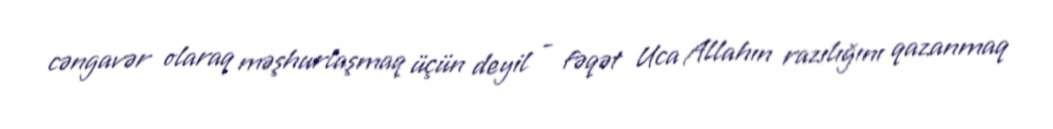
cəngavər olaraq məşhurlaşmaq üçün deyil - fəqət Uca Allahın razılığını qazanmaq